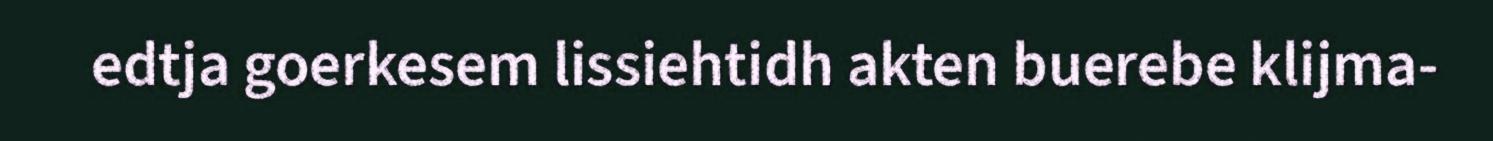
edtja goerkesem lissiehtidh akten buerebe klijma-